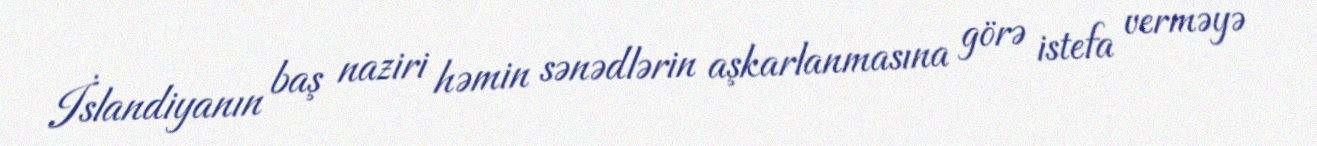
İslandiyanın baş naziri həmin sənədlərin aşkarlanmasına görə istefa verməyə